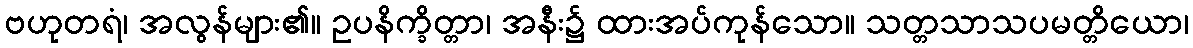
ဗဟုတရံ၊ အလွန်များ၏။ ဥပနိက္ခိတ္တာ၊ အနီး၌ ထားအပ်ကုန်သော။ သတ္တသာသပမတ္တိယော၊